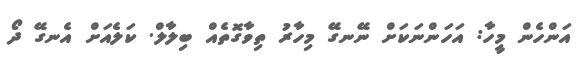
އަންހެން މީހާ: އަހަންނަކަށް ނޭނގޭ މިހާރު ތިވާގޮތެއް ބިލާލް. ކަލެއަށް އެނގޭ ދޯ